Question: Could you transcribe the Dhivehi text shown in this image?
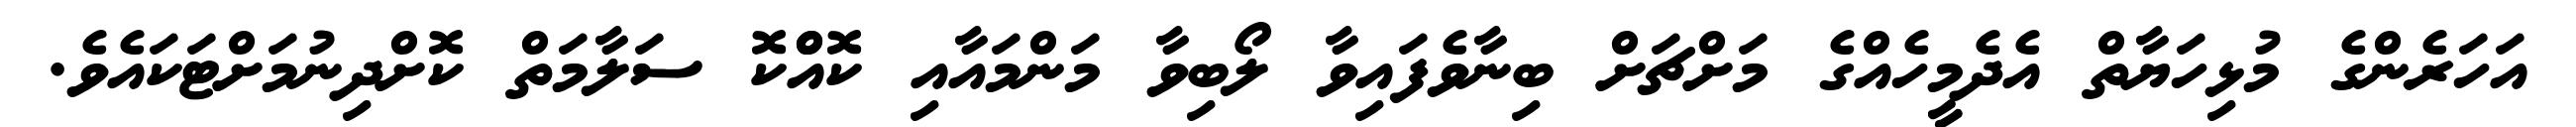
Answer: އަހަރެންގެ މުޅިހަޔާތް އެދެމީހެއްގެ މަށްޗަށް ބިނާވެފައިވާ ލޯބިވާ މަންމައާއި ކޮއްްކޮ ސަލާމަތް ކޮށްދިނުމަށްޓަކައެވެ.